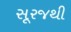
સૂરજથી